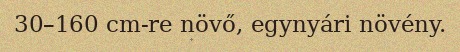
30–160 cm-re növő, egynyári növény.